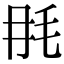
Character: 𣬭